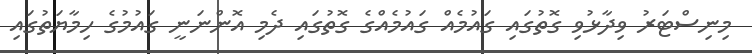
މިނިސްޓަރު ވިދާޅުވި ގޮތުގައި ގައުމެއް ގައުމެއްގެ ގޮތުގައި ދެމި އޮންނަނީ ގައުމުގެ ހިމާޔަތުގައި